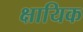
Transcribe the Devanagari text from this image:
क्षायिक